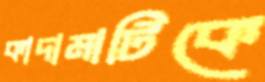
কাদামাটিকে